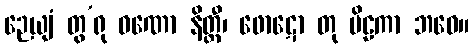
ဉေယျံ တွ’ရု ဝဏော နိတ္ထီ၊ ဖောဋော တု ပိဠကာ ဘဝေ။